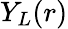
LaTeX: Y_{L}(r)